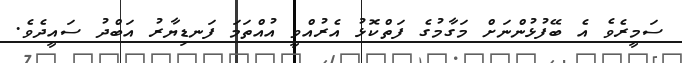
ސަމީރެވެ އެ ބޭފުޅުންނަށް މަގާމުގެ ފަތްކޮޅު އެރުއްވީ އުއްތަމަ ފަނޑިޔާރު އަބްދު ސައީދެވެ.